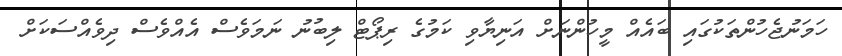
ހަމަނުޖެހުންތަކުގައި ބައެއް މީހުންނަށް އަނިޔާވި ކަމުގެ ރިޕޯޓް ލިބުނު ނަމަވެސް އެއްވެސް ދިވެއްސަކަށް